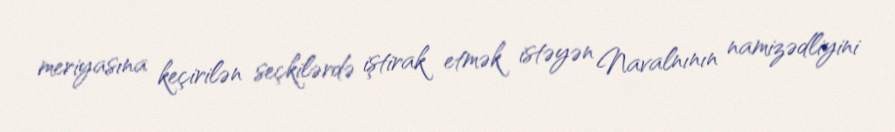
meriyasına keçirilən seçkilərdə iştirak etmək istəyən Navalnının namizədliyini